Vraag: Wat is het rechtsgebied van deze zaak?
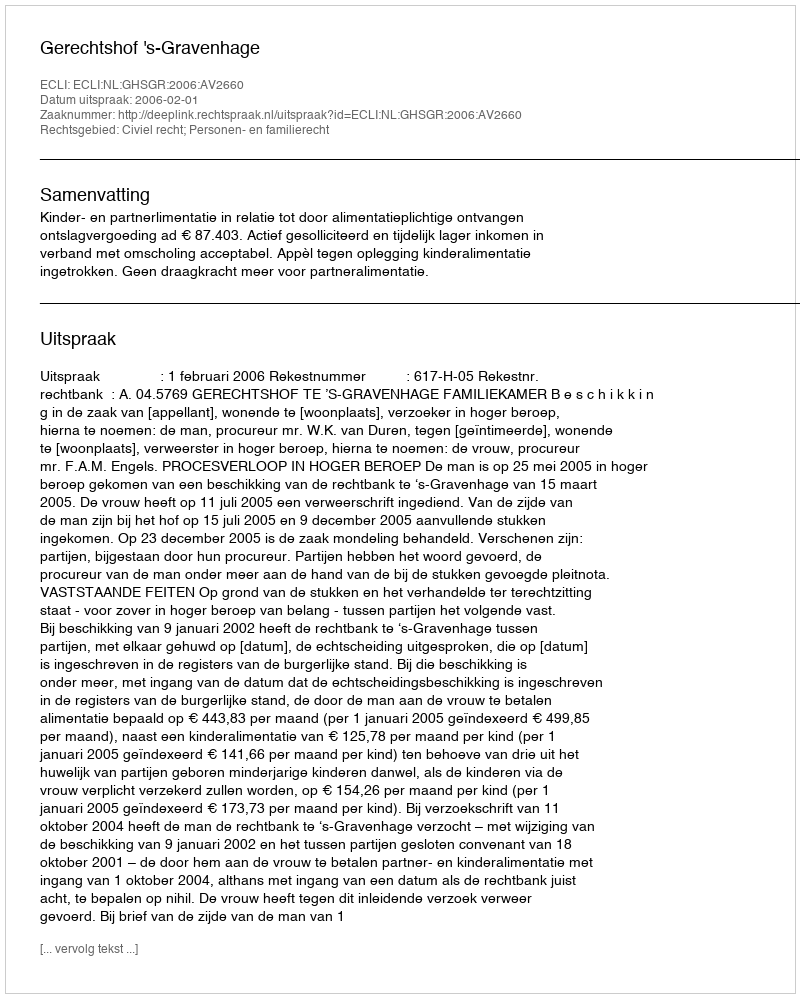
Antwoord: Civiel recht; Personen- en familierecht